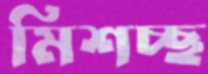
মিশচ্ছ